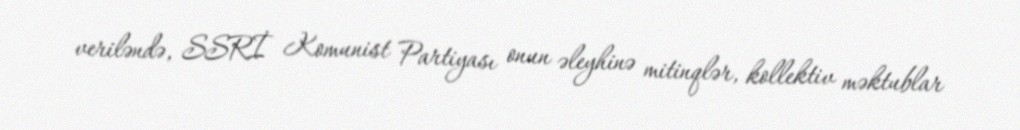
veriləndə, SSRİ Komunist Partiyası onun əleyhinə mitinqlər, kollektiv məktublar